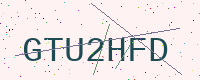
Text: GTU2HFD